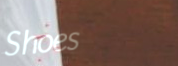
Shoes